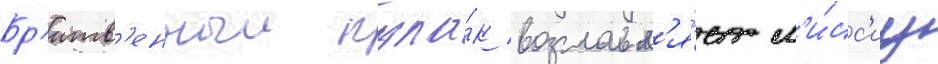
Бр'итв'енныи кула́к возглавл'я́ет м'и́сс'иу